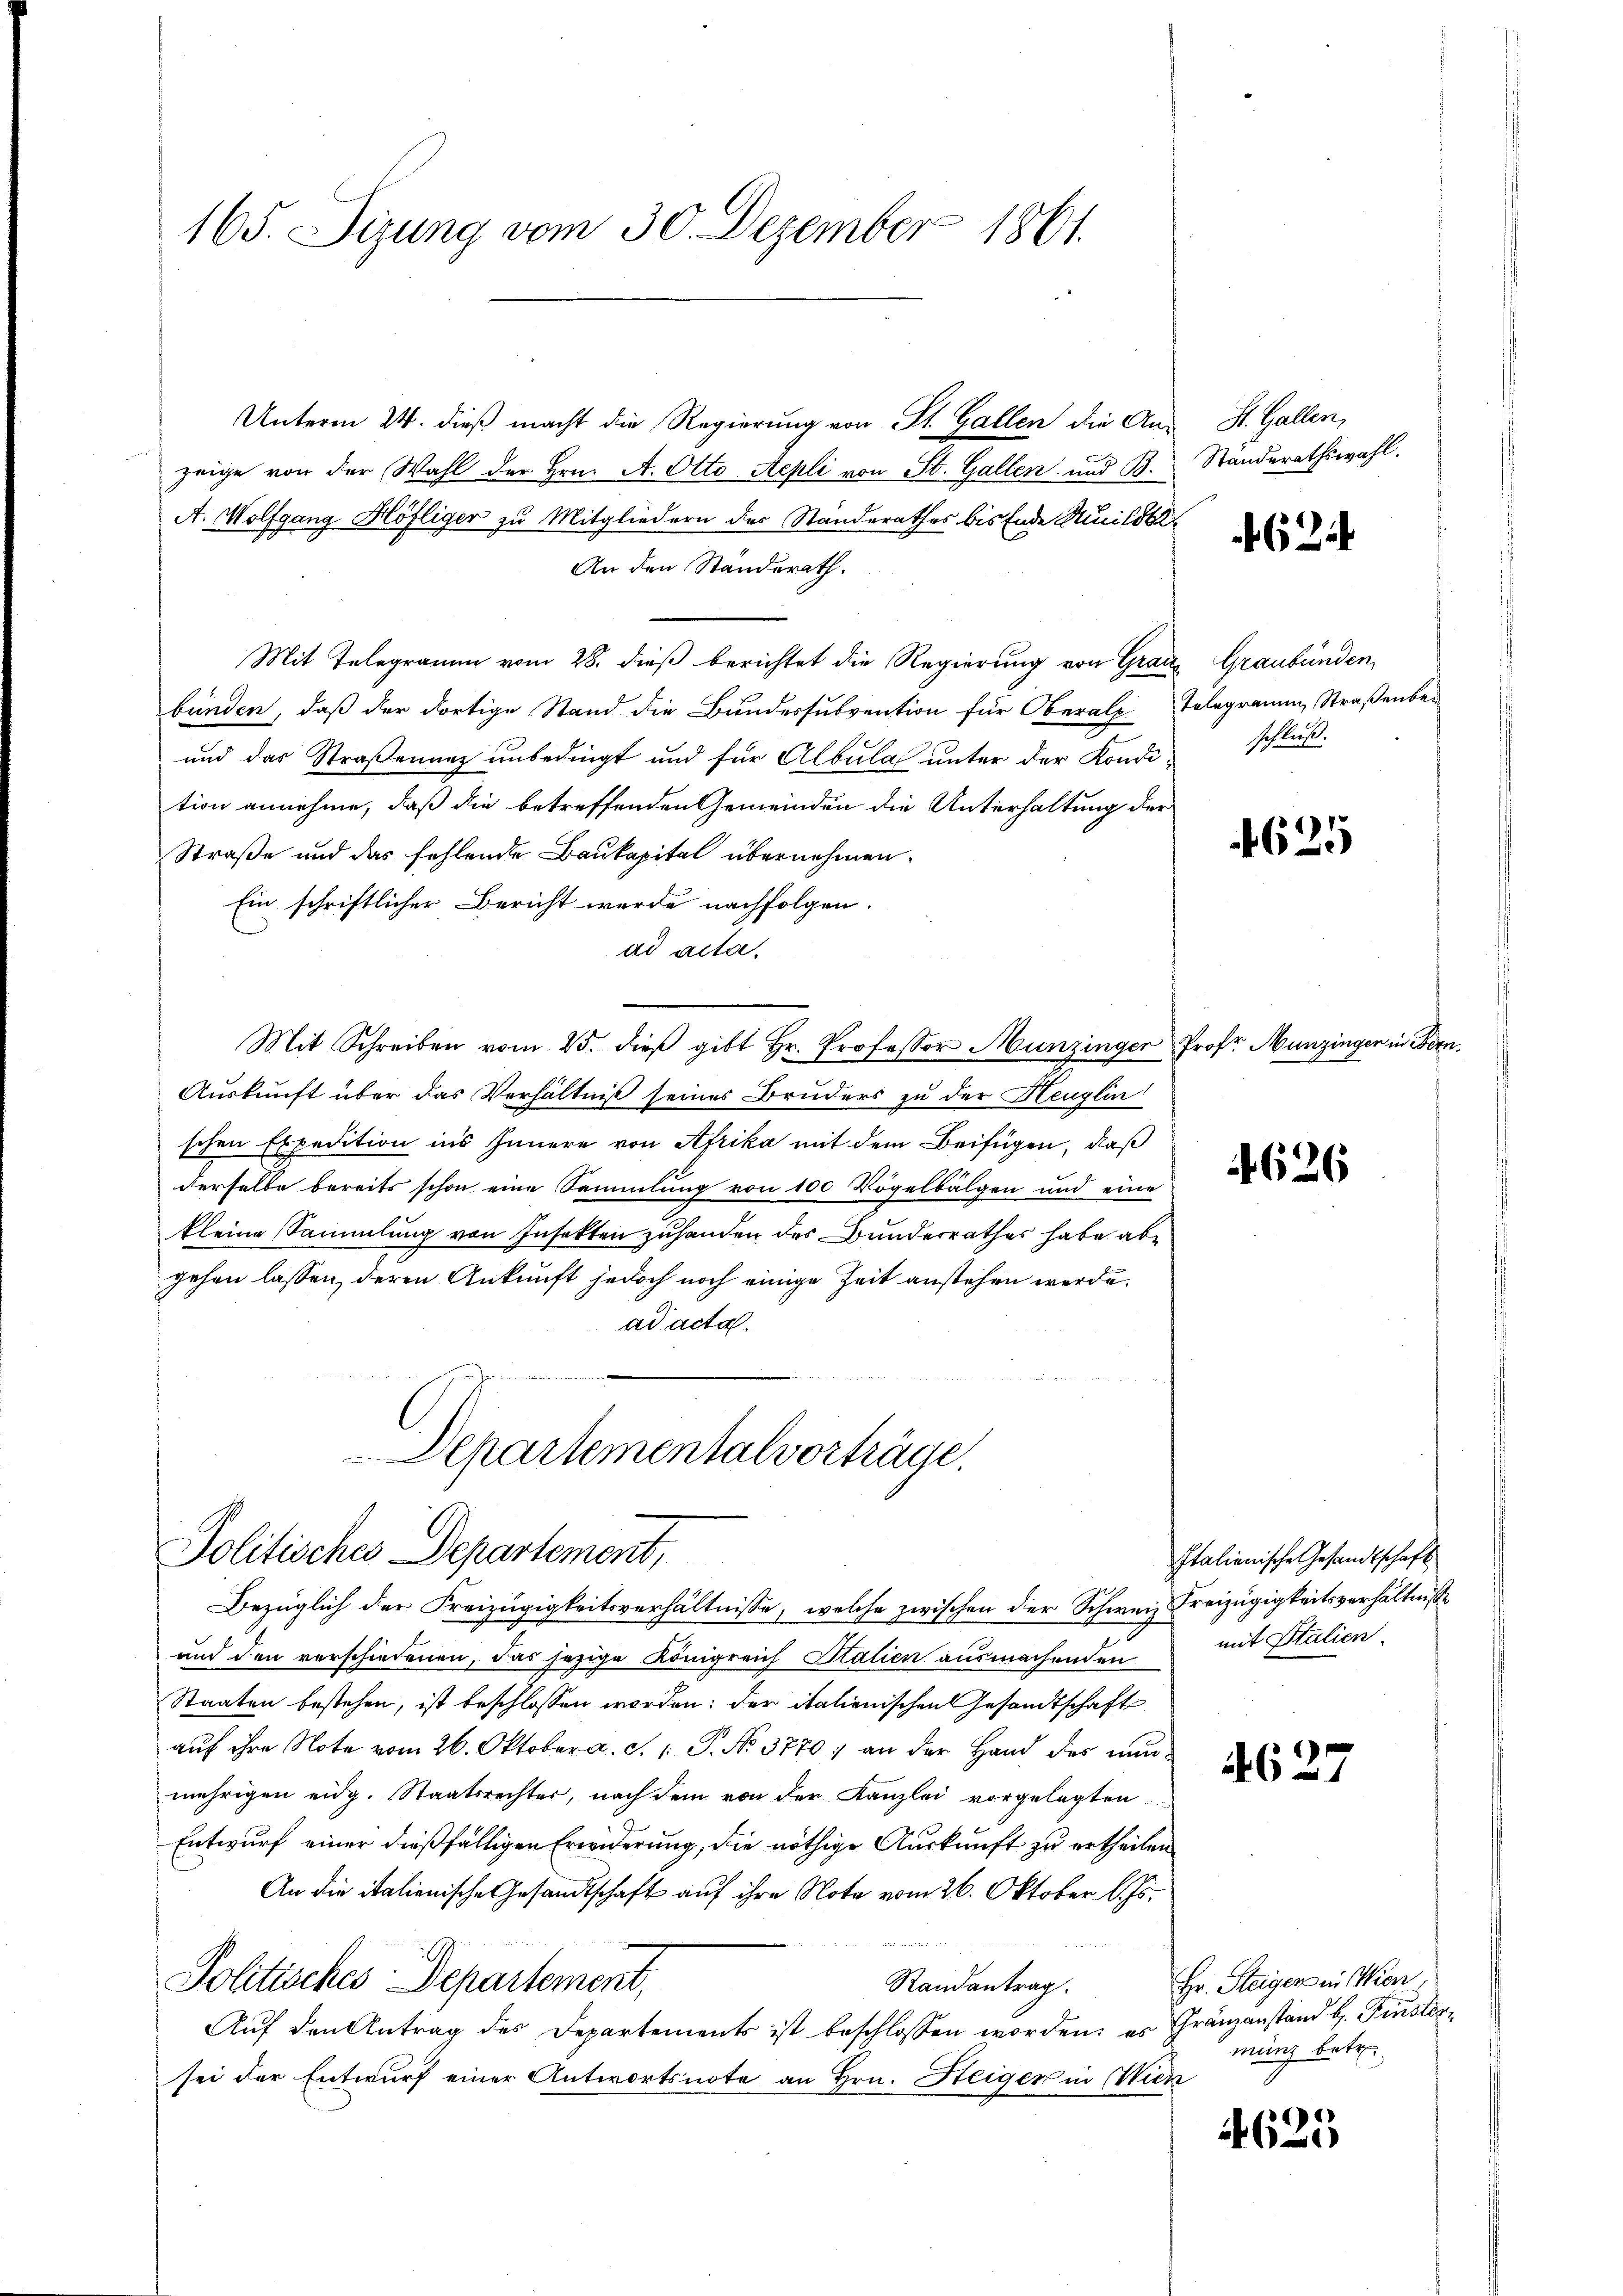
165. Sizung vom 30. Dezember 1861.

Politisches Departement,
Bezüglich der Freizügigkeitsverhältnisse, welche zwischen der Schweiz Freizügigkeitsverhältnisse

Unterm 24. dieß macht die Regierung von St. Gallen die Aus St. Gallen,
zeige von der Wahl der Hrn. A. Otto Repli von St. Gallen und B.
A. Wolfgang Höfliger zu Mitgliedern des Standerathes bis Ende Milita
An den Ständerath.
Mit Telegramm vom 28. dieß berichtet die Regierung von Grau Graubünden,
bünden, daß der dortige Stand die Bundessubvention für Oberalp Telegramm, Straßenber
und das Straßenunz unbedingt und für Albula unter der Kondischluβ-
tion annehme, daß die betreffenden Gemeinden die Unterhaltung der
Straße und das fehlende Baukapital übernehmen.
Ein schriftlicher Bericht werde nachfolgen.
ad acta.
Mit Schreiben vom 25. dieβ gibt Hr. Professor Munzinger Prof. Munzingen in Bern.
Auskunft über das Verhältniß seines Bruders zu der Heuglin
schen Expedition ins Innere von Afrika mit dem Beifügen, daß
derselbe bereits schon eine Sammlung von 100 Vögelbalgen und eine
kleine Sammlung von Insekten zuhanden des Bunderrathes habe abe
gehen lassen, deren Ankunft jedoch noch einige Zeit anstehen werde.
ad acta.
Departementalvorträge.

Stunderathswahl.

und den verschiedenen, das jezige Königreich Statien ausmachenden
Staaten bestehen, ist beschlossen worden; der italienischen Gesandtschaft
auf ihre Note vom 26. Oktober a. S. 1 S. No. 3770; an der Hand des nunmehrigen eidg. Staatsrechter, nach dem von der Kanzlei vorgelegten
Entwurf einer dießfälligen Erwiderung, die nöthige Auskunft zu ertheilen.
An die italienische Gesandtschaft auf ihre Note vom 26. Oktober l. Js.
 t a M.
Politisches Departement,
Randantrag.
Auf den Antrag des Departements ist beschlossen worden; es Gränzanstand b. Finster
sei der Entwurf einer Antwortsnote an Hrn. Steiger in Wien

624

625

4626

Italienische Gesandtschaft
mit Italien.
4627

4625

Hr. Steigen in Wien,
mänz betr.